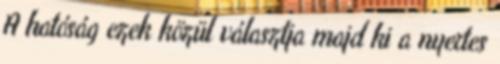
A hatóság ezek közül választja majd ki a nyertes